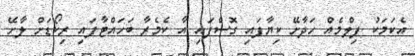
އެކަމަކު ފިލްމެއް ހަދާށޭ ކިޔާފައި ގޮސްފައި އާ ކެމެރާ ބަހައްޓާފައި ރިކޯޑަށް ލާށޭ